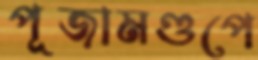
পূজামণ্ডপে